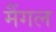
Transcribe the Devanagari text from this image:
मैंगल